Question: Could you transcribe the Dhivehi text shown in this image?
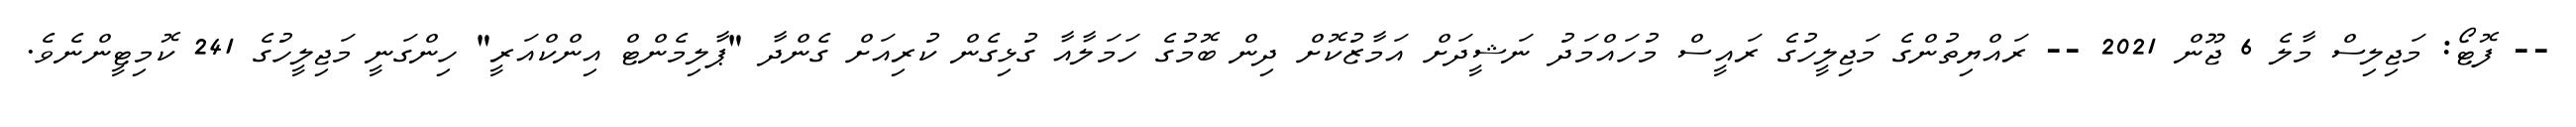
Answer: -- ފޮޓޯ: މަޖިލިސް މާލެ 6 ޖޫން 2021 -- ރައްޔިތުންގެ މަޖިލީހުގެ ރައީސް މުހައްމަދު ނަޝީދަށް އަމާޒުކޮށް ދިން ބޮމުގެ ހަމަލާއާ ގުޅިގެން ކުރިއަށް ގެންދާ "ޕާލިމެންޓް އިންކްއަރީ" ހިންގަނީ މަޖިލީހުގެ 241 ކޮމިޓީންނެވެ.